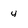
Character: 4